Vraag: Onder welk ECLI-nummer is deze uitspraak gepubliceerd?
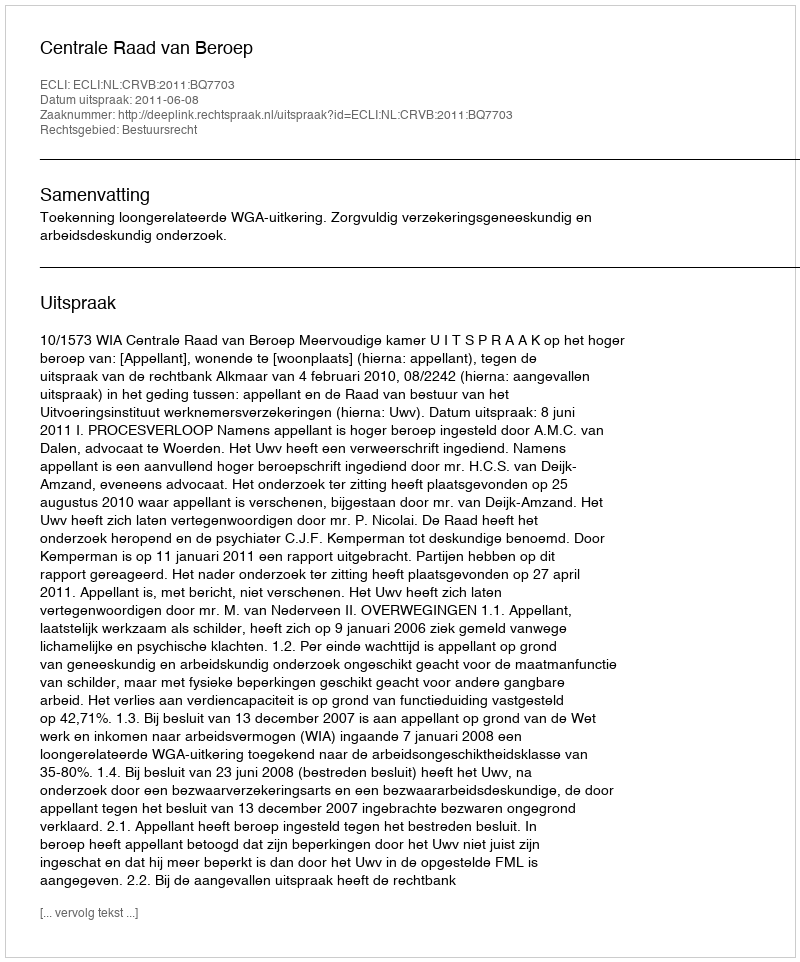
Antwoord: ECLI:NL:CRVB:2011:BQ7703